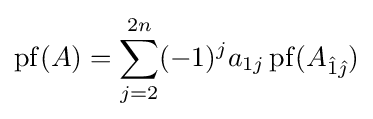
\operatorname {pf} (A)=\sum _{j=2}^{2n}(-1)^{j}a_{1j}\operatorname {pf} (A_{{\hat {1}}{\hat {\jmath }}})